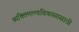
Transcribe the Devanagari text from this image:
व्यक्तिमत्त्वविकासासाठी